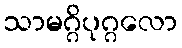
သာမဂ္ဂိပုဂ္ဂလော